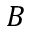
B